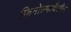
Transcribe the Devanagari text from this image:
फिनोल्फथैलीन